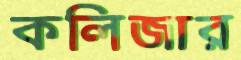
কলিজার